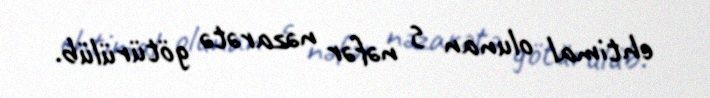
ehtimal olunan 5 nəfər nəzarətə götürülüb.